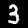
Label: 3